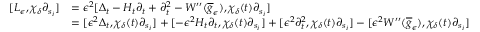
\begin{array} { r l } { [ L _ { \epsilon } , \chi _ { \delta } \partial _ { s _ { i } } ] } & { = \epsilon ^ { 2 } [ \Delta _ { t } - H _ { t } \partial _ { t } + \partial _ { t } ^ { 2 } - W ^ { \prime \prime } ( \overline { { g } } _ { \epsilon } ) , \chi _ { \delta } ( t ) \partial _ { s _ { i } } ] } \\ & { = [ \epsilon ^ { 2 } \Delta _ { t } , \chi _ { \delta } ( t ) \partial _ { s _ { i } } ] + [ - \epsilon ^ { 2 } H _ { t } \partial _ { t } , \chi _ { \delta } ( t ) \partial _ { s _ { i } } ] + [ \epsilon ^ { 2 } \partial _ { t } ^ { 2 } , \chi _ { \delta } ( t ) \partial _ { s _ { i } } ] - [ \epsilon ^ { 2 } W ^ { \prime \prime } ( \overline { { g } } _ { \epsilon } ) , \chi _ { \delta } ( t ) \partial _ { s _ { i } } ] } \end{array}